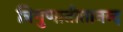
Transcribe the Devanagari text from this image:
त्रिगुणातीतानन्द